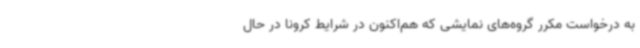
به درخواست مکرر گروه‌های نمایشی که هم‌اکنون در شرایط کرونا در حال